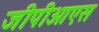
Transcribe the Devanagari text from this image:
जीपीओएस